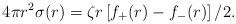
LaTeX: \begin{align*}4 \pi r^2 \sigma(r) = \zeta r \left[f_{+}(r) - f_{-}(r)\right]/2 .\end{align*}